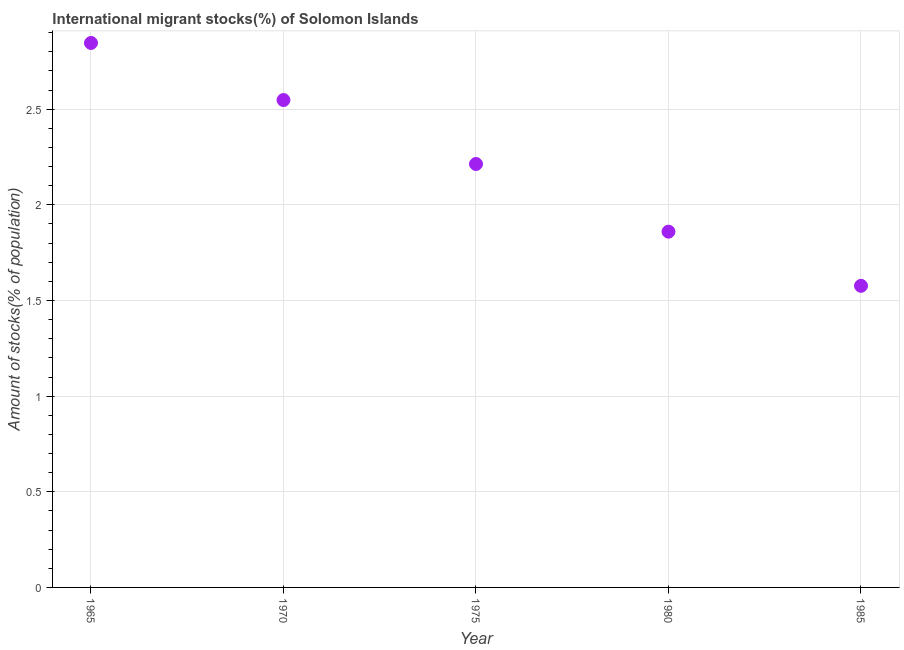
| Year | International migrant stock |
 | --- | --- |
 | 1965 | 2.85 |
 | 1970 | 2.55 |
 | 1975 | 2.21 |
 | 1980 | 1.86 |
 | 1985 | 1.58 |